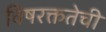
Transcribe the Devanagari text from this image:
विषरक्ततेची